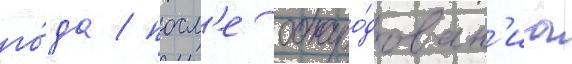
го́да / посл'е обнаро́дован'иа